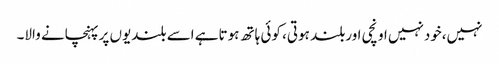
نہیں،خودنہیں اونچی اوربلند ہوتی، کوئی ہاتھ ہوتاہے اسے بلندیوں پرپہنچانے والا۔